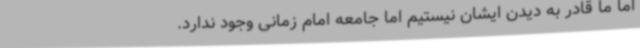
اما ما قادر به دیدن ایشان نیستیم اما جامعه امام زمانی وجود ندارد.